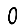
Digit: 0